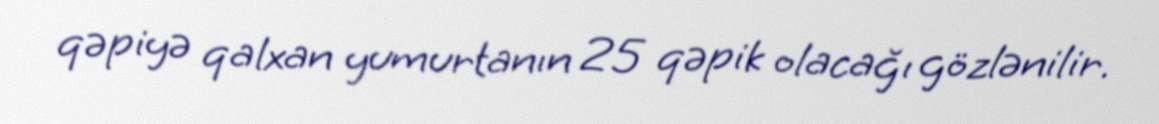
qəpiyə qalxan yumurtanın 25 qəpik olacağı gözlənilir.